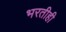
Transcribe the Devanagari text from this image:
भरतीही